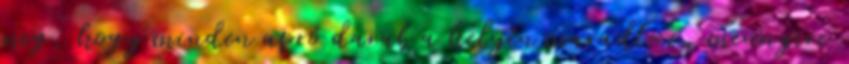
meg, hogy minden apró darab a helyén maradt-e, mennyire